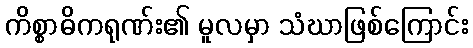
ကိစ္စာဓိကရုဏ်း၏ မူလမှာ သံဃာဖြစ်ကြောင်း